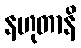
နဟုတာနိ